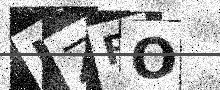
Text: JZFO